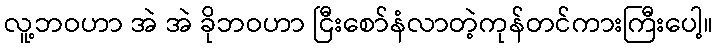
လူ့ဘဝဟာ အဲ အဲ ခိုဘဝဟာ ငြီးစော်နံလာတဲ့ကုန်တင်ကားကြီးပေါ့။